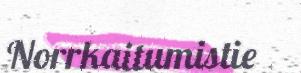
Norrkaitumistie